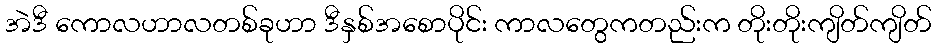
အဲဒီ ကောလဟာလတစ်ခုဟာ ဒီနှစ်အစောပိုင်း ကာလတွေကတည်းက တိုးတိုးကျိတ်ကျိတ်